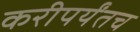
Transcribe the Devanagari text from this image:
करीपर्यंतच